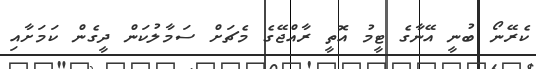
ކެރޭނޯ ބުނީ އޭނާގެ ޓީމު އޮތީ ރާއްޖޭގެ މެޗަށް ސަމާލުކަން ދީގެން ކަމަށާއި